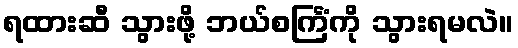
ရထားဆီ သွားဖို့ ဘယ်စင်္ကြံကို သွားရမလဲ။